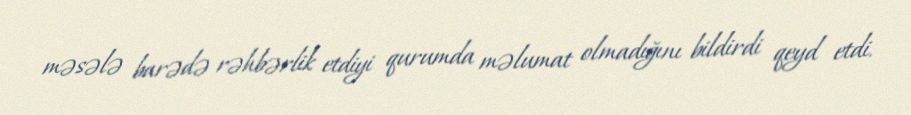
məsələ barədə rəhbərlik etdiyi qurumda məlumat olmadığını bildirdi qeyd etdi.